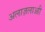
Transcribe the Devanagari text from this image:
अलाज़लाआी